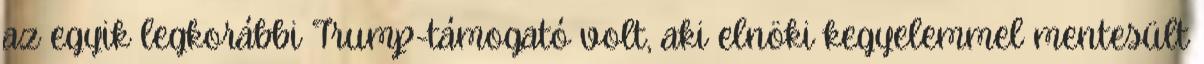
az egyik legkorábbi Trump-támogató volt, aki elnöki kegyelemmel mentesült